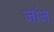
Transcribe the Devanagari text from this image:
जांज